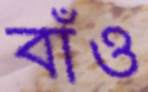
বাঁও